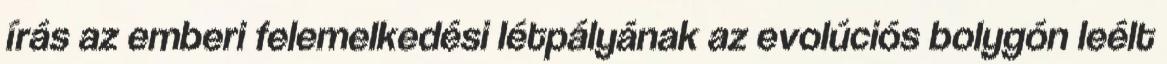
írás az emberi felemelkedési létpályának az evolúciós bolygón leélt